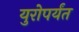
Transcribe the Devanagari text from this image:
युरोपर्यंत